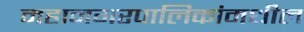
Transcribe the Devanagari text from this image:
महानगरपालिकांमधील